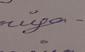
Signature authenticity: genuine